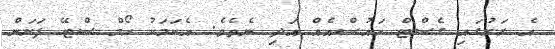
އެ ރަށުގައި ގެސްޓް ހައުސްއެއް އަދި ނެތެވެ. އެކަމަކު ހޯމް ސްޓޭ ފަށަން